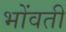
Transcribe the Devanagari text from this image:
भोंवतीं